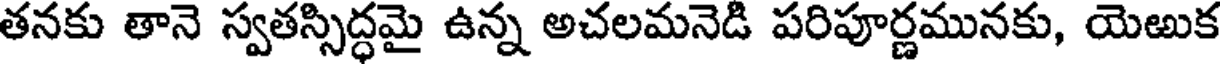
తనకు తానె స్వతస్సిద్ధమై ఉన్న అచలమనెడి పరిపూర్ణమునకు, యెఱుక